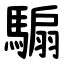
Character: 騸